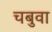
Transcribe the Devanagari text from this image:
चबुवा